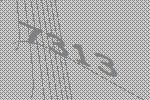
7313